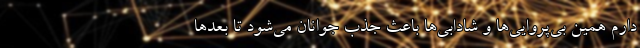
دارم همین بی‌پروایی‌ها و شادابی‌ها باعث جذب جوانان می‌شود تا بعدها